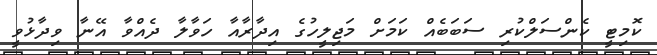
ކޮމިޓީ ކެންސަލްކުރި ސަބަބެއް ކަމަށް މަޖިލީހުގެ އިދާރާއާ ހަވާލާ ދެއްވާ އޭނާ ވިދާޅުވީ